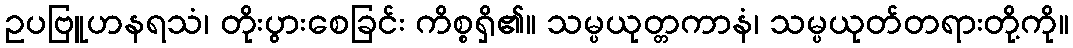
ဥပဗြူဟနရသံ၊ တိုးပွားစေခြင်း ကိစ္စရှိ၏။ သမ္ပယုတ္တကာနံ၊ သမ္ပယုတ်တရားတို့ကို။